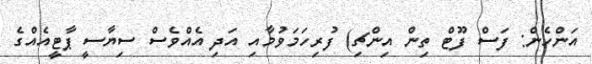
އަންހެން: ފަސް ފޫޓް ތިން އިންޗި) ފުރިހަމަވުމާއި އަދި އެއްވެސް ސިޔާސީ ޕާޓީއެއްގެ